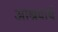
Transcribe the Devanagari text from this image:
आश्रयार्थ